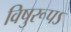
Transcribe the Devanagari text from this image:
विषुरूपऽ